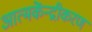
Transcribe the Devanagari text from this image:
आत्मकेंन्द्रीकरण